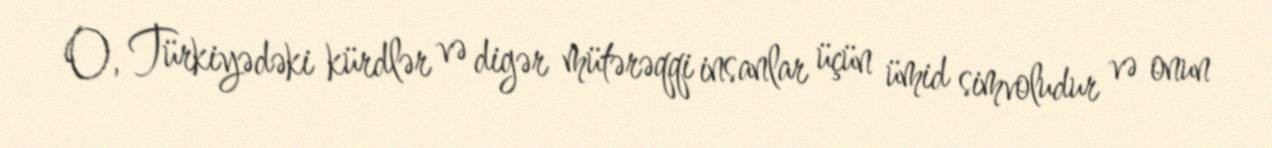
O, Türkiyədəki kürdlər və digər mütərəqqi insanlar üçün ümid simvoludur və onun